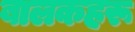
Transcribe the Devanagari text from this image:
बालकहरू